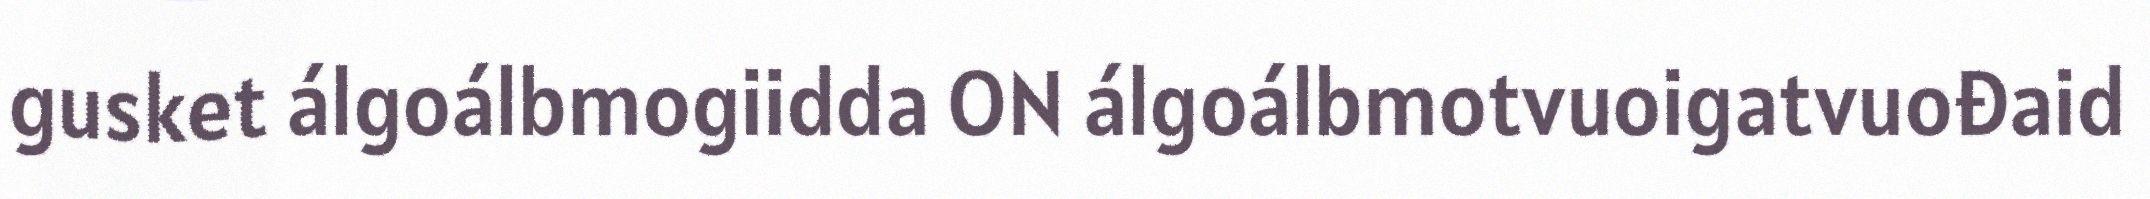
gusket álgoálbmogiidda ON álgoálbmotvuoigatvuođaid